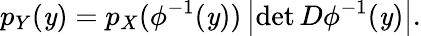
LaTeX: p_{Y}(\mathit{y})=p_{X}(\phi^{-1}(\mathit{y}))\left|\operatorname*{det}D\phi^{-1}(\mathit{y})\right|.